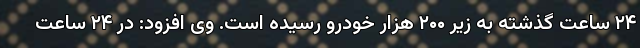
۲۴ ساعت گذشته به زیر ۲۰۰ هزار خودرو رسیده است. وی افزود: در ۲۴ ساعت